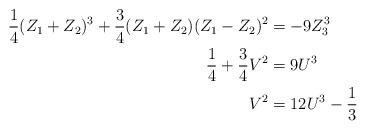
LaTeX: \begin{align*}\frac{1}{4}(Z_1+Z_2)^3+\frac{3}{4}(Z_1+Z_2)(Z_1-Z_2)^2&=-9Z_3^3\\\frac{1}{4}+\frac{3}{4}V^2&= 9U^3\\V^2&=12U^3-\frac{1}{3}\end{align*}